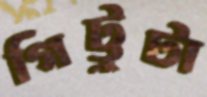
গিট্টুটা